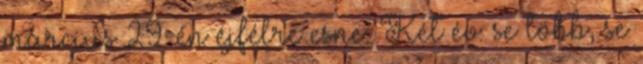
március 29-én éjfélre esne. Két év: se több, se